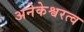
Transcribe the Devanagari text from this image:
अनेकेश्वरत्व